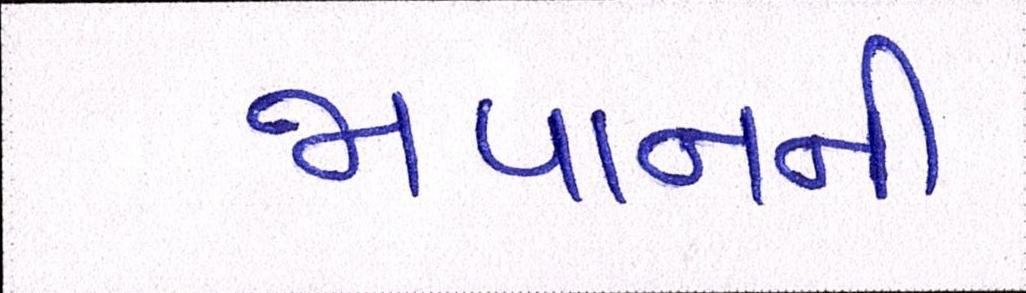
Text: જાપાનની